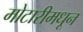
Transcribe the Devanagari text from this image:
मोटारीमधून